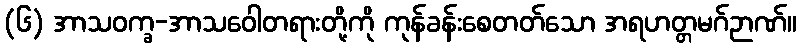
(၆) အာသဝက္ခ-အာသဝေါတရားတို့ကို ကုန်ခန်းစေတတ်သော အရဟတ္တမဂ်ဉာဏ်။